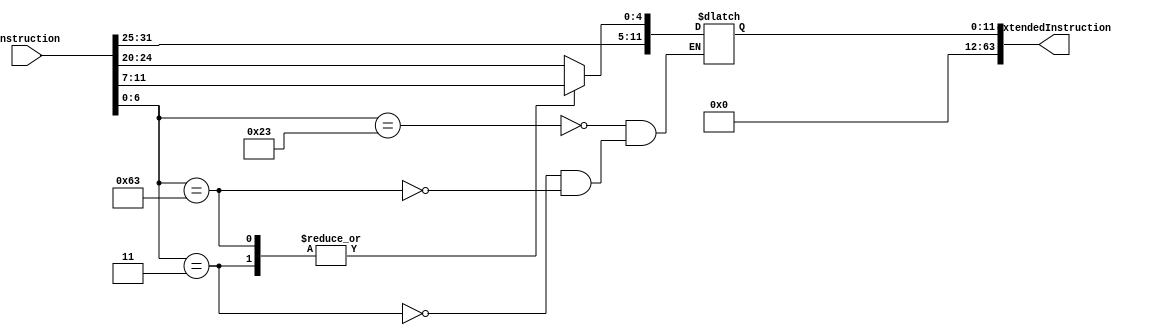
module ImmGen(instruction, extendedInstruction);
    parameter dataWidth=64;
    parameter extendedWidth=64;
    input [dataWidth-1:0] instruction;
    output reg [extendedWidth-1:0] extendedInstruction;
    always @(instruction)
        begin
            case (instruction[6:0])
                //store
                7'b0100011: extendedInstruction [11:0]= instruction[31:20];
                //load
                7'b0000011: extendedInstruction [11:0]= {instruction[31:25], instruction[11:7]};
                //beq
                7'b1100011: extendedInstruction [11:0]= {instruction[31], instruction[30:25], instruction[11:8], instruction[7]};
            endcase
            extendedInstruction[extendedWidth-1:12] = 0 ;
        end


endmodule